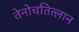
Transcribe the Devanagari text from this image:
तेनोचतित्लान